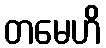
တမေဟိ